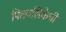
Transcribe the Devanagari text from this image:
पित्तनलिकेची